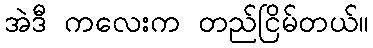
အဲဒီ ကလေးက တည်ငြိမ်တယ်။